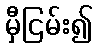
မှီငြမ်း၍